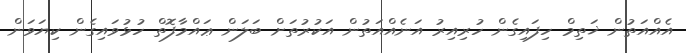
އެއްއަތުން ޚަތިމް ހިފައިގެން ހުރިއިރު އަނެއްއަތުން އަކުރުތަށް ބަލަން ޢައްމާފޮތް ހުޅުވައިގެން ކިޔަވަން